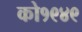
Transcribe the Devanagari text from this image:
को१९४९